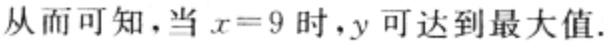
从而可知，当 \(x = 9\) 时，\(y\) 可达到最大值.